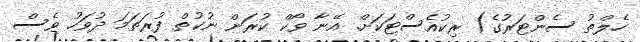
ހެލްތު ސެންޓަރުގެ) ރިކުއެސްޓަކަށް. އޭނާ ވޯކް ކުރަން ނުކުތް ފުރަތަމަ ދުވަހު ވެސް